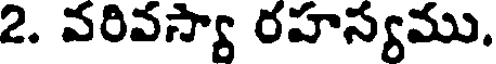
2. వరివస్యా రహస్యము.